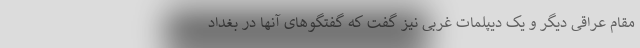
مقام عراقی دیگر و یک دیپلمات غربی نیز گفت که گفتگوهای آنها در بغداد